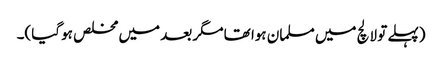
(پہلے تو لالچ میں مسلمان ہوا تھا مگر بعد میں مخلص ہو گیا)۔